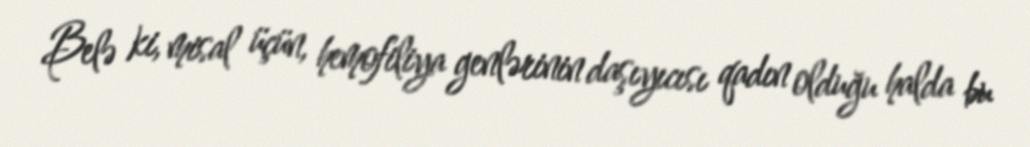
Belə ki, misal üçün, hemofiliya genlərinin daşıyıcısı qadın olduğu halda bu